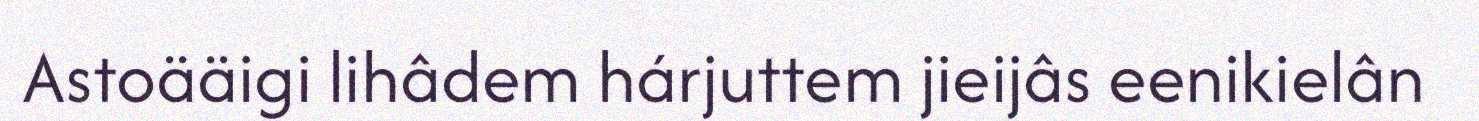
Astoääigi lihâdem hárjuttem jieijâs eenikielân